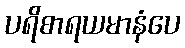
ပရိစာရယမာနံပေ